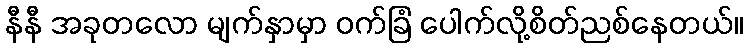
နီနီ အခုတလော မျက်နှာမှာ ဝက်ခြံ ပေါက်လို့စိတ်ညစ်နေတယ်။